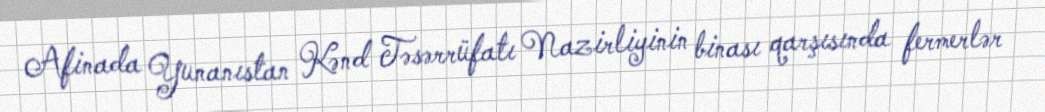
Afinada Yunanıstan Kənd Təsərrüfatı Nazirliyinin binası qarşısında fermerlər